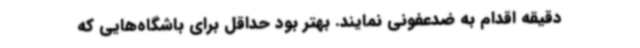
دقیقه اقدام به ضدعفونی نمایند. بهتر بود حداقل برای باشگاه‌هایی که